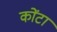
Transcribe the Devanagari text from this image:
कोंटा